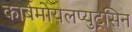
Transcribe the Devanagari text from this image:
कार्बमोयलप्युट्रसिन